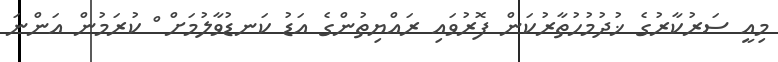
މިއީ ސަރުކާރުގެ ޚުދުމުހުތާރުކަން ފޮރުވައި ރައްޔިތުންގެ އަޑު ކަނޑުވާލުމަށް ް ކުރަމުން އަންނަ